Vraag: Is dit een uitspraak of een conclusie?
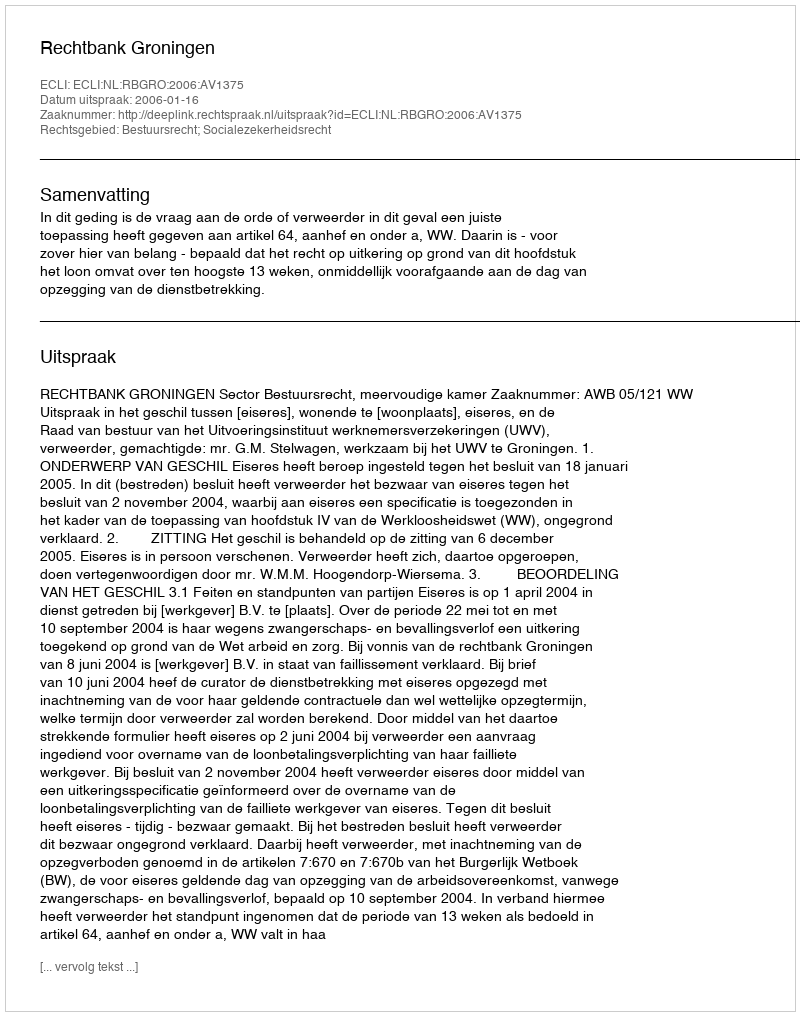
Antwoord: Uitspraak